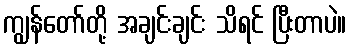
ကျွန်တော်တို့ အချင်းချင်း သိရင် ပြီးတာပဲ။